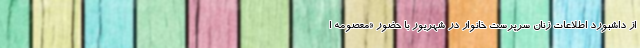
از داشبورد اطلاعات زنان سرپرست خانوار در شهریور با حضور «معصومه ا